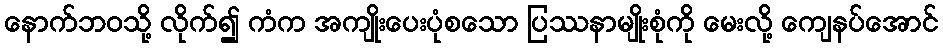
နောက်ဘဝသို့ လိုက်၍ ကံက အကျိုးပေးပုံစသော ပြဿနာမျိုးစုံကို မေးလို့ ကျေနပ်အောင်